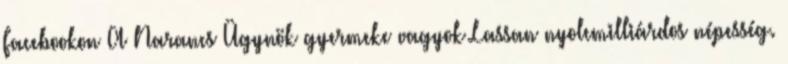
Facebookon A Narancs Ügynök gyermeke vagyok Lassan nyolcmilliárdos népesség.